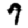
Digit: 7